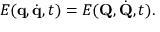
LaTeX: E ( \mathbf { q } , { \dot { \mathbf { q } } } , t ) = E ( \mathbf { Q } , { \dot { \mathbf { Q } } } , t ) .